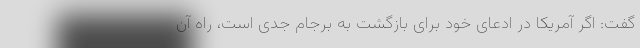
گفت: اگر آمریکا در ادعای خود برای بازگشت به برجام جدی است، راه آن